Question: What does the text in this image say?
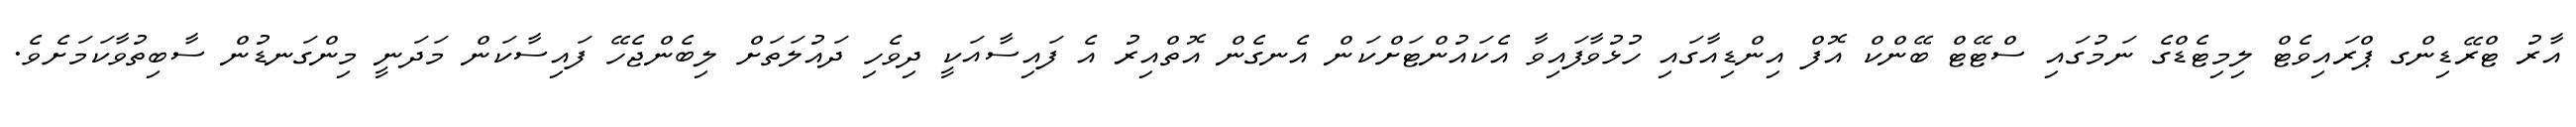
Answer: އާރު ޓްރޭޑިންގ ޕްރައިވެޓް ލިމިޓެޑްގެ ނަމުގައި ސްޓޭޓް ބޭންކް އޮފް އިންޑިއާގައި ހުޅުވާފައިވާ އެކައުންޓަށްކަން އެނގެން އޮތްއިރު އެ ފައިސާއަކީ ދިވެހި ދައުލަތަށް ލިބެންޖެހޭ ފައިސާކަން މަދަނީ މިންގަނޑުން ސާބިތުވާކަމަށެވެ.